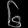
Digit: ၆